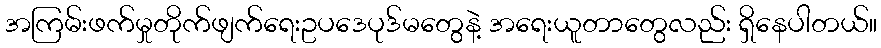
အကြမ်းဖက်မှုတိုက်ဖျက်ရေးဥပဒေပုဒ်မတွေနဲ့ အရေးယူတာတွေလည်း ရှိနေပါတယ်။